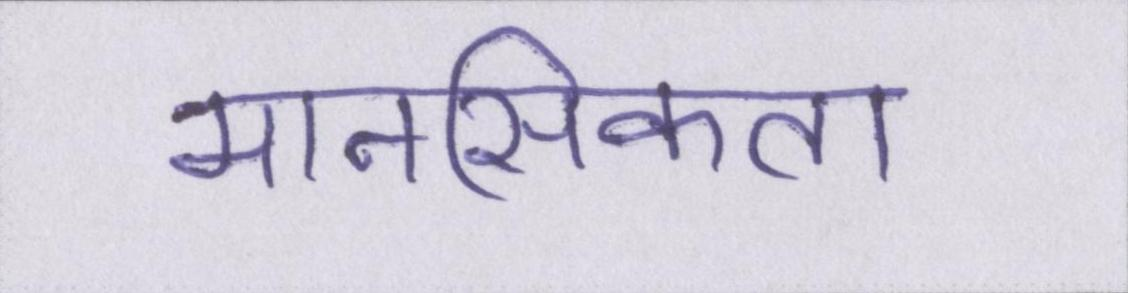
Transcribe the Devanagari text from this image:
मानसिकता